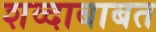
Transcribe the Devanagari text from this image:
शव्दाबाबत